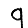
Digit: 9